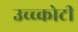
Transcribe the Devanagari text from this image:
उच्च्कोटी